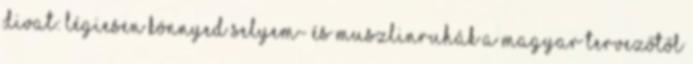
divat: légiesen könnyed selyem- és muszlinruhák a magyar tervezőtől